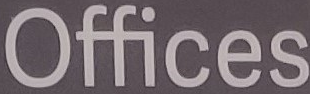
Offices